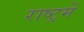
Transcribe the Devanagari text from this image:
राष्ट्रमें